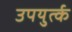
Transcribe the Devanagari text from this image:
उपयुर्त्क